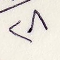
٢٨